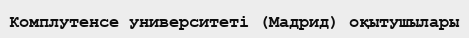
Комплутенсе университеті (Мадрид) оқытушылары